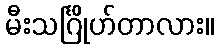
မီးသင်္ဂြိုဟ်တာလား။